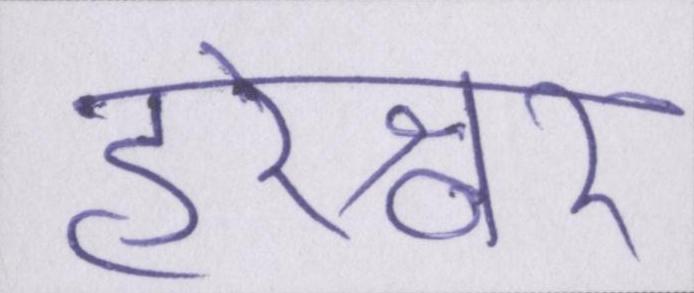
हरेश्वर